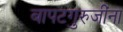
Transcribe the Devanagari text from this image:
बापटगुरुजींना